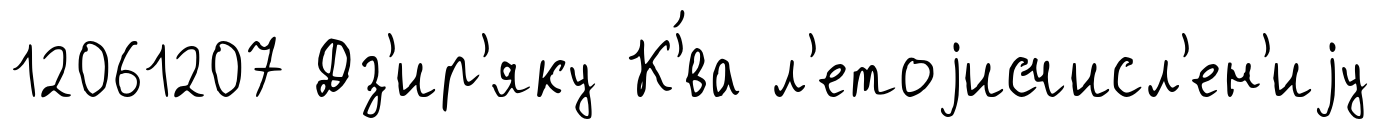
12061207 Дз'ир'яку К'́ва л'етоjисчисл'ен'иjу